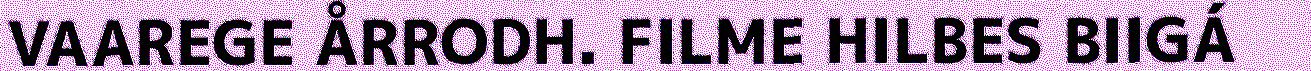
VAAREGE ÅRRODH. FILME HILBES BIIGÁ